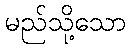
မည်သို့သော